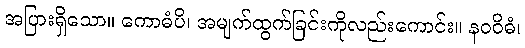
အပြားရှိသော။ ကောဓံပိ၊ အမျက်ထွက်ခြင်းကိုလည်းကောင်း။ နဝဝိဓံ၊